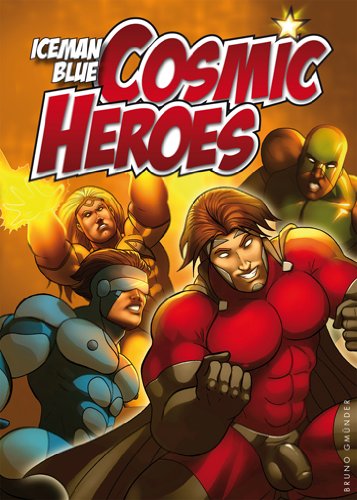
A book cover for Cosmic Heroes; Iceman Blue; Comics & Graphic Novels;